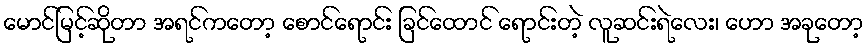
မောင်မြင့်ဆိုတာ အရင်ကတော့ စောင်ရောင်း ခြင်ထောင် ရောင်းတဲ့ လူဆင်းရဲလေး၊ ဟော အခုတော့